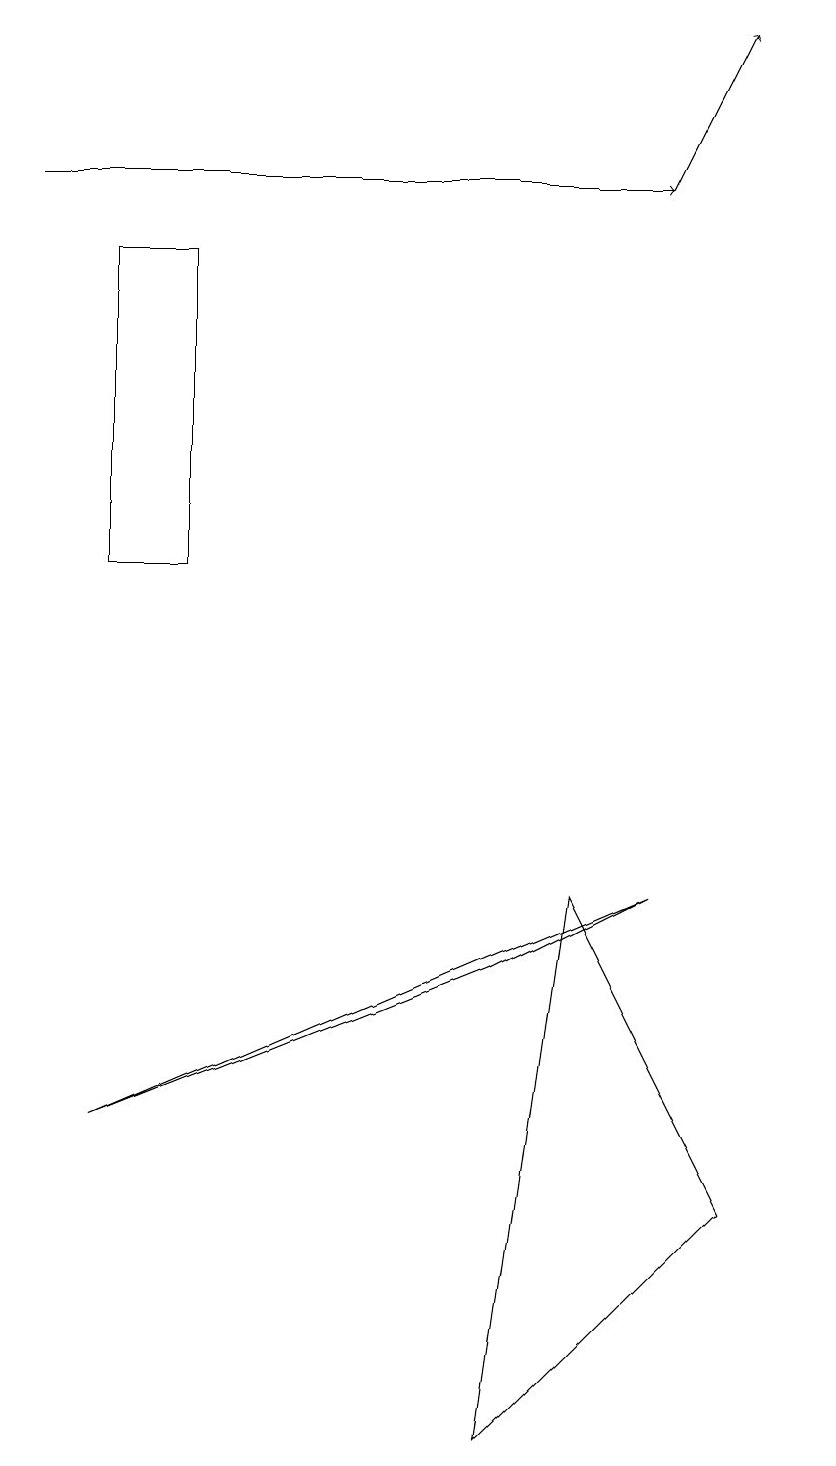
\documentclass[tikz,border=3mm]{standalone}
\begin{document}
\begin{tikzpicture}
\draw[->] (8,16) -- (9,18);
\draw (10,12) circle (0);
\draw[->] (0,16) -- (8,16);
\draw (8,7) -- (1,4) -- (6,6) -- cycle;
\draw (7,7) -- (6,0) -- (9,3) -- cycle;
\draw (2,11) rectangle (1,15);
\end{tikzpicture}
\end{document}